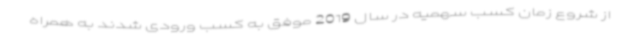
از شروع زمان کسب سهمیه در سال 2019 موفق به کسب ورودی شدند به همراه